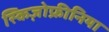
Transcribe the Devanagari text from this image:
स्किज़ोफ्रीनिया